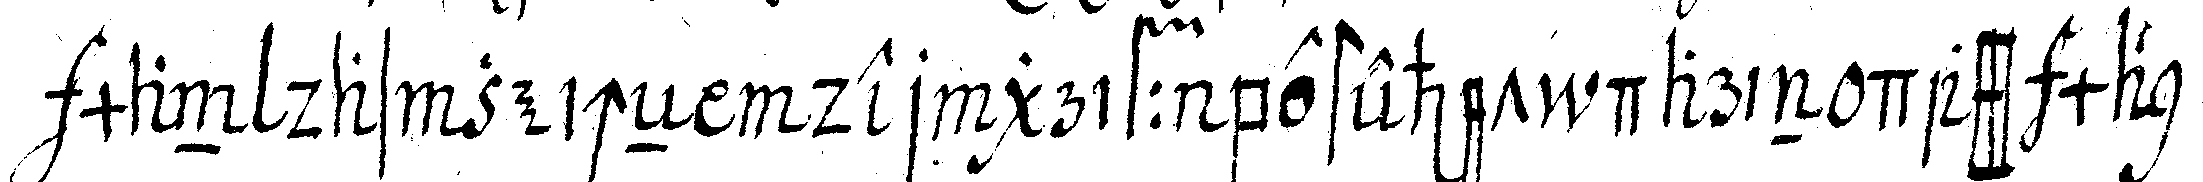
man das zeicheN der griff bestehet darin dass man